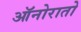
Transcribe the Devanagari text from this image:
ऑनोरातो